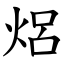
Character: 焒